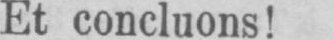
Et concluons!